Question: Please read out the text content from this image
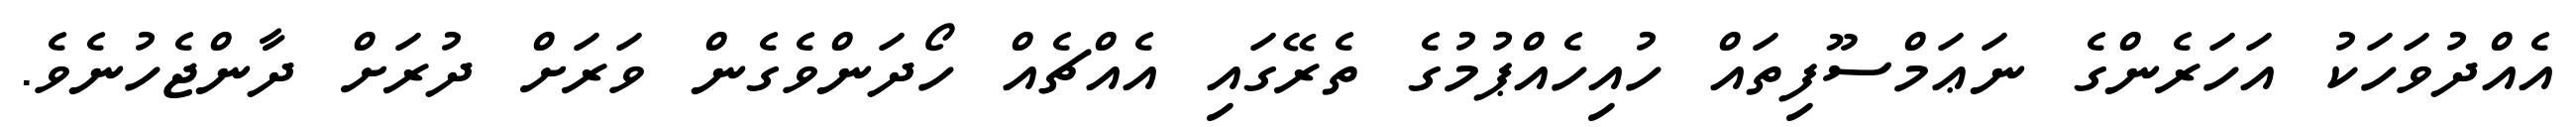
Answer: އެއްދުވަހަކު އަހަރެންގެ ނަޢަމްސޫފިތައް ހުއިހެއްޕުމުގެ ތެރޭގައި އެއްޗެއް ހޯދަންވެގެން ވަރަށް ދުރަށް ދާންޖެހުނެވެ.